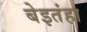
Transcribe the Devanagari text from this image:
बेइतंहा